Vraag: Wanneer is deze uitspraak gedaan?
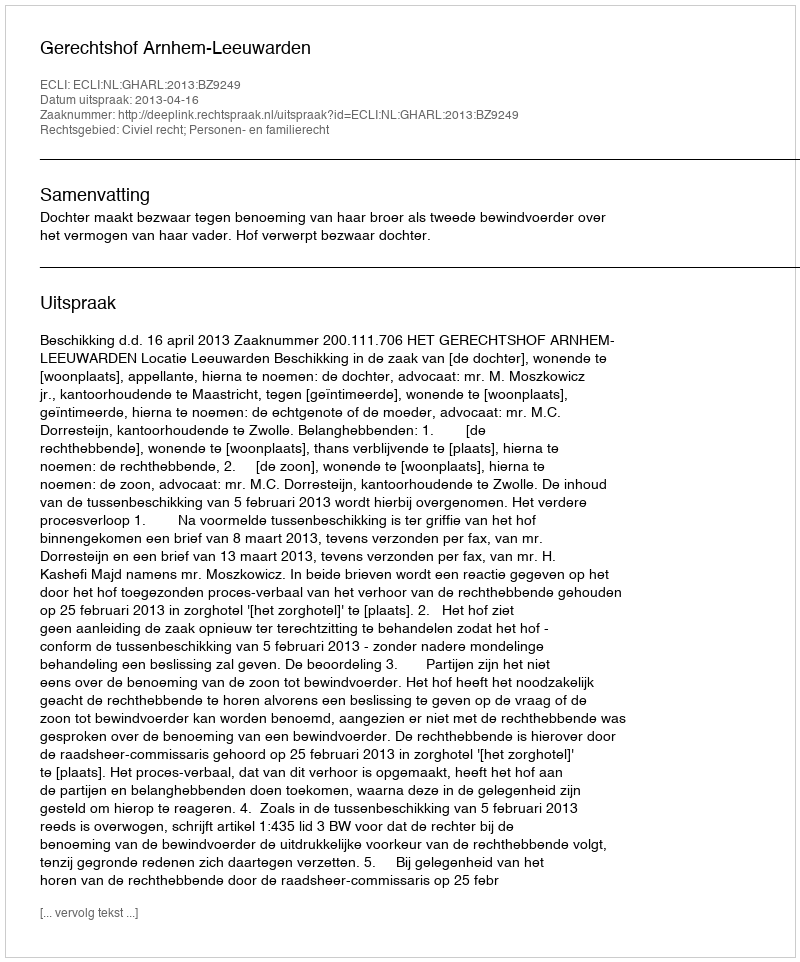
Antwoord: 2013-04-16